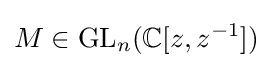
M\in \mathrm {GL} _{n}(\mathbb {C} [z,z^{-1}])